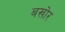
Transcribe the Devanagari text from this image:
बखोर